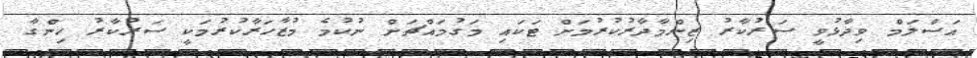
އަސްލަމް ވިދާޅުވީ ސަރުކާރު ޒިންމާދާރުކުރުމަށް ޓަކައި މަގުމައްޗަށް ނުކުމެ މުޒާހަރާކުރުމަކީ ސަރުކާރު ހިންގާ